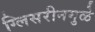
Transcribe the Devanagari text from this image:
ग्लिसरीनमुळे